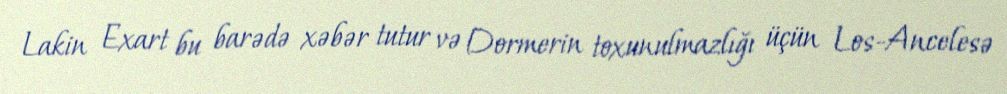
Lakin Exart bu barədə xəbər tutur və Dormerin toxunulmazlığı üçün Los-Ancelesə